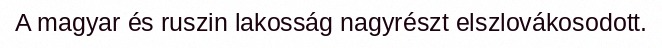
A magyar és ruszin lakosság nagyrészt elszlovákosodott.